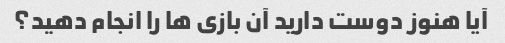
آیا هنوز دوست دارید آن بازی ها را انجام دهید؟